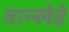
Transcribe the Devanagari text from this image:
वान्खेड़े